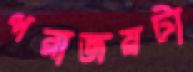
পরাজয়টা